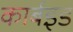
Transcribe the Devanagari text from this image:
कार्बइड